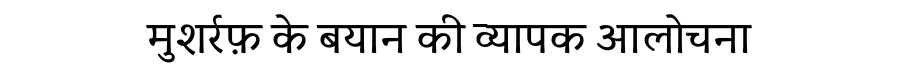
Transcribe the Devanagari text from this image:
मुशर्रफ़ के बयान की व्यापक आलोचना